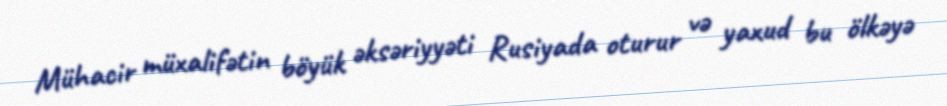
Mühacir müxalifətin böyük əksəriyyəti Rusiyada oturur və yaxud bu ölkəyə